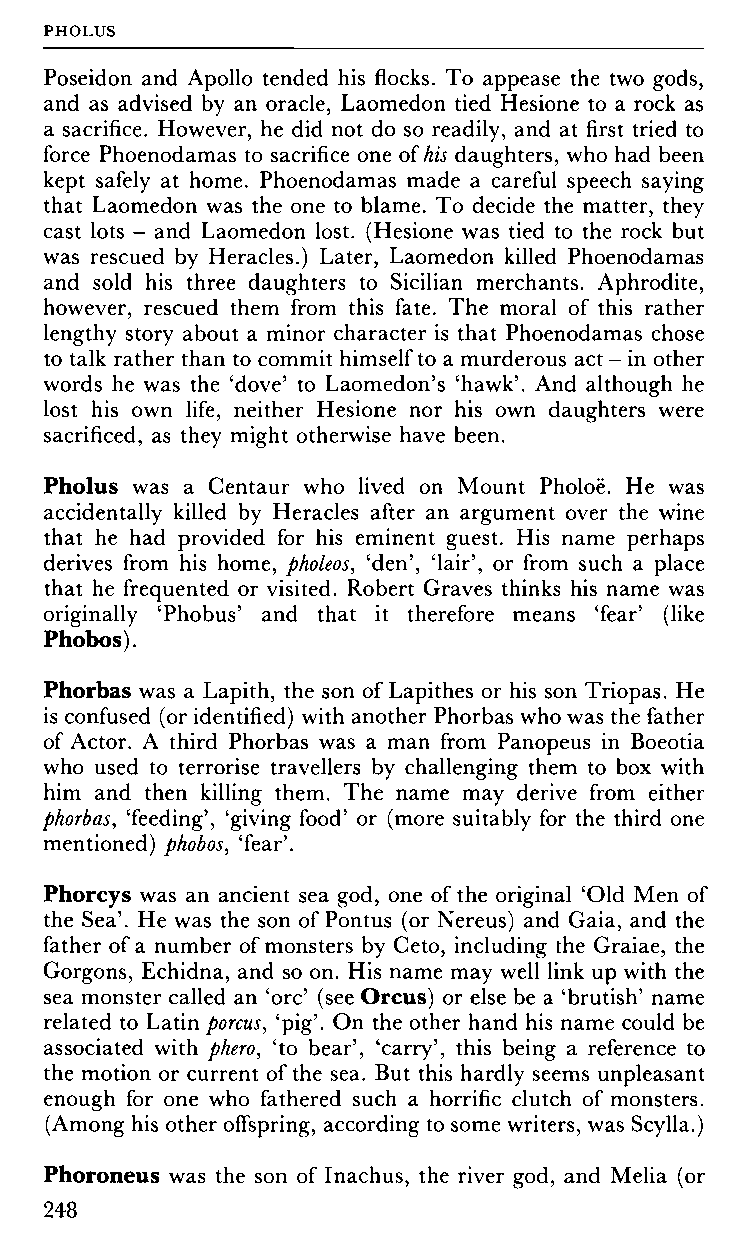
PHOLUS
 Poseidon and Apollo tended his flocks. To appease the two gods,
 and as advised by an oracle, Laomedon tied Hesione to a rock as
 a sacrifice. However, he did not do so readily, and at first tried to
 force Phoenodamas to sacrifice one οι his daughters, who had been
 kept safely at home. Phoenodamas made a careful speech saying
 that Laomedon was the one to blame. To decide the matter, they
 cast lots - and Laomedon lost. (Hesione was tied to the rock but
 was rescued by Heracles.) Later, Laomedon killed Phoenodamas
 and sold his three daughters to Sicilian merchants. Aphrodite,
 however, rescued them from this fate. The moral of this rather
 lengthy story about a minor character is that Phoenodamas chose
 to talk rather than to commit himself to a murderous act - in other
 words he was the 'dove' to Laomedon's 'hawk'. And although he
 lost his own life, neither Hesione nor his own daughters were
 sacrificed, as they might otherwise have been.
 Pholus was a Centaur who lived on Mount Pholoë. He was
 accidentally killed by Heracles after an argument over the wine
 that he had provided for his eminent guest. His name perhaps
 derives from his home, pholeos, 'den', 'lair', or from such a place
 that he frequented or visited. Robert Graves thinks his name was
 originally 'Phobus' and that it therefore means 'fear' (like
 Phobos).
 Phorbas was a Lapith, the son of Lapithes or his son Triopas. He
 is confused (or identified) with another Phorbas who was the father
 of Actor. A third Phorbas was a man from Panopeus in Boeotia
 who used to terrorise travellers by challenging them to box with
 him and then killing them. The name may derive from either
 phorbas, 'feeding', 'giving food' or (more suitably for the third one
 mentioned) phobos, 'fear'.
 Phorcys was an ancient sea god, one of the original 'Old Men of
 the Sea'. He was the son of Pontus (or Nereus) and Gaia, and the
 father of a number of monsters by Ceto, including the Graiae, the
 Gorgons, Echidna, and so on. His name may well link up with the
 sea monster called an 'ore' (see Orcus) or else be a 'brutish' name
 related to Latin porcus, 'pig'. On the other hand his name could be
 associated with phero, 'to bear', 'carry', this being a reference to
 the motion or current of the sea. But this hardly seems unpleasant
 enough for one who fathered such a horrific clutch of monsters.
 (Among his other offspring, according to some writers, was Scylla.)
 Phoroneus was the son of Inachus, the river god, and Melia (or
 248